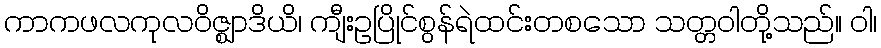
ကာကဖလကုလဝိဇ္ဈာဒိယိ၊ ကျီးဥပြိုင်စွန်ရဲထင်းတစသော သတ္တဝါတို့သည်။ ဝါ၊